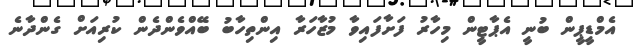
އެމްޑީޕީން ބުނީ އެޕާޓީން މިހާރު ފަށާފައިވާ މުޒާހަރާ އިންތިހާބު ބޭއްވެންދެން ކުރިއަށް ގެންދާނެ